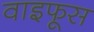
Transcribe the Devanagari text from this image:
वाइफूस